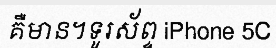
គឺមាន។ទូរស័ព្ទ iPhone 5C